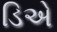
ડિએ